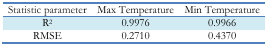
| Statistic parameter | Max Temperature | Min Temperature |
 | --- | --- | --- |
 | R2 | 0.9976 | 0.9966 |
 | RMSE | 0.2710 | 0.4370 |